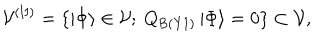
{ \cal V } ^ { \mathrm { ( I I ) } } = \{ \left| \Phi \right\rangle \in { \cal V } ; ~ Q _ { \mathrm { B ( Y 1 ) } } \left| \Phi \right\rangle = 0 \} \subset { \cal V } ,